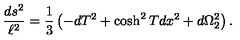
{ \frac { d s ^ { 2 } } { \ell ^ { 2 } } } = \frac { 1 } { 3 } \left( - d T ^ { 2 } + \cosh ^ { 2 } T d x ^ { 2 } + d \Omega _ { 2 } ^ { 2 } \right) .